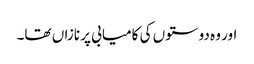
اور وہ دوستوں کی کامیابی پر نازاں تھا۔